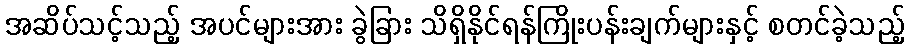
အဆိပ်သင့်သည့် အပင်များအား ခွဲခြား သိရှိနိုင်ရန်ကြိုးပန်းချက်များနှင့် စတင်ခဲ့သည့်